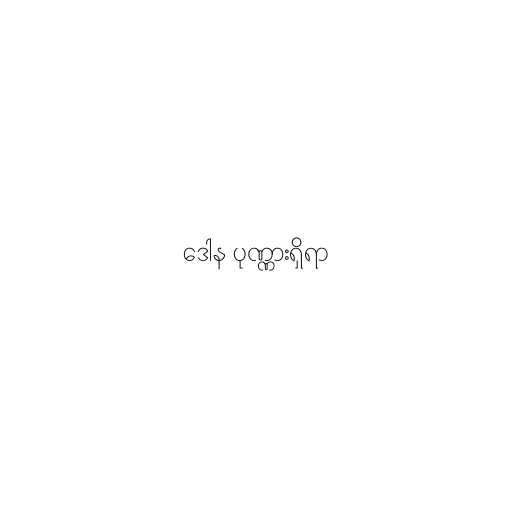
ဒေါန ပုဏ္ဏားရှိရာ